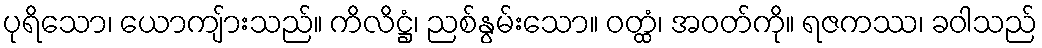
ပုရိသော၊ ယောကျ်ားသည်။ ကိလိဋ္ဌံ၊ ညစ်နွမ်းသော။ ဝတ္ထံ၊ အဝတ်ကို။ ရဇကဿ၊ ခဝါသည်